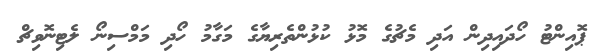
ޕޮއިންޓު ހޯދައިދިން އަދި މެޗުގެ މޮޅު ކުޅުންތެރިޔާގެ މަގާމު ހޯދި މަމްސިނޯ ލެޓިނޮވިޗް